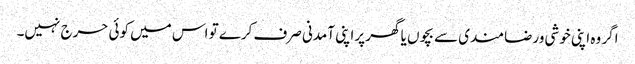
اگر وہ اپنی خوشی ورضامندی سے بچوں یا گھر پراپنی آمدنی صرف کرے تو اس میں کوئی حرج نہیں۔